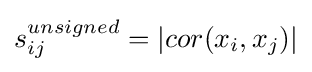
s_{ij}^{unsigned}=|cor(x_{i},x_{j})|